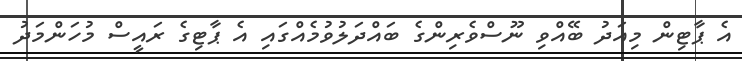
އެ ޕާޓިން މިއަދު ބޭއްވި ނޫސްވެރިންގެ ބައްދަލުވުމެއްގައި އެ ޕާޓިގެ ރައީސް މުހަންމަދު